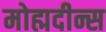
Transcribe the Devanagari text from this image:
मोह्मदीन्स